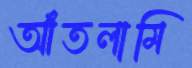
আঁতলামি